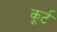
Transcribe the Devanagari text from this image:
कूर्ट